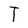
Character: I